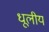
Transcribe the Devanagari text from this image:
धूलीय